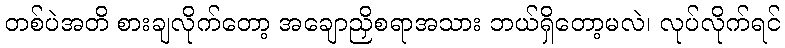
တစ်ပဲအတိ စားချလိုက်တော့ အချောညှိစရာအသား ဘယ်ရှိတော့မလဲ၊ လုပ်လိုက်ရင်